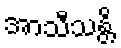
အာသီသန္တိ